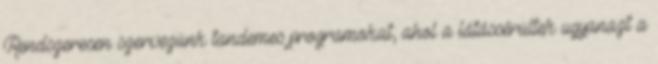
Rendszeresen szervezünk tandemes programokat, ahol a látássérültek ugyanazt a